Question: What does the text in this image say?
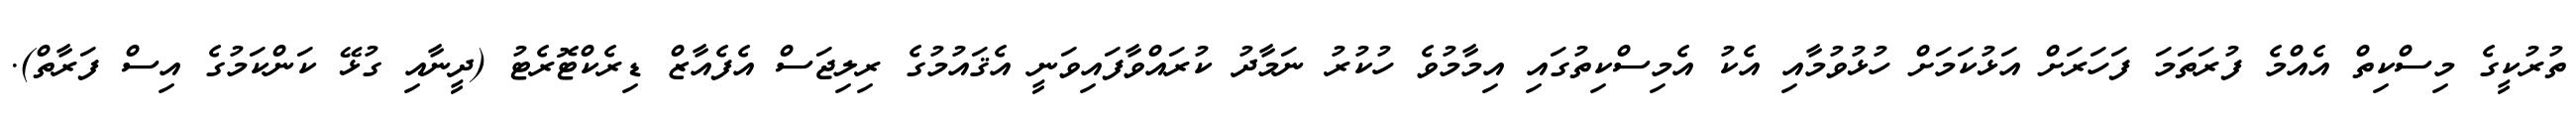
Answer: ތުރުކީގެ މިސްކިތް އެއްމެ ފުރަތަމަ ފަހަރަށް އަޅުކަމަށް ހުޅުވުމާއި އެކު އެމިސްކިތުގައި އިމާމުވެ ހުކުރު ނަމާދު ކުރައްވާފައިވަނީ އެޤައުމުގެ ރިލިޖަސް އެފެއާޒް ޑިރެކްޓޮރެޓު (ދީނާއި ގުޅޭ ކަންކަމުގެ އިސް ފަރާތް).